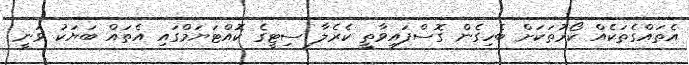
އެތައްގެތަކެއް ކޯރުތަކަށް ބެހިގެން ގޮސްފައިވާތީ ކެރެލާ ސިޓީގެ ކޮއްޓަޔަމްގައި އެތައް ބަޔަކު ވަނީ